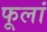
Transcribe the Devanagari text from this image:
फूलां